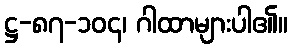
ဋ္ဌ-၈၇-၁၀၄၊ ဂါထာများပါ၏။